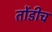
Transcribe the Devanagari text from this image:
तोंडीच